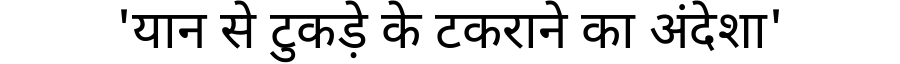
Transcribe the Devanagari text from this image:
'यान से टुकड़े के टकराने का अंदेशा'